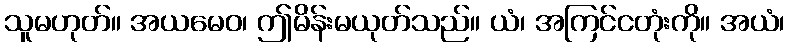
သူမဟုတ်။ အယမေဝ၊ ဤမိန်းမယုတ်သည်။ ယံ၊ အကြင်ငတုံးကို။ အယံ၊